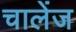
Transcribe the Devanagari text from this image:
चालेंज